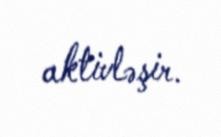
aktivləşir.